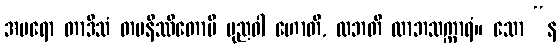
အပရော တာဒိသံ တပနိဿိတောပိ ပုညဝါ ဟောတိ, လဘတိ လာဘသက္ကာရံ။ သော “န